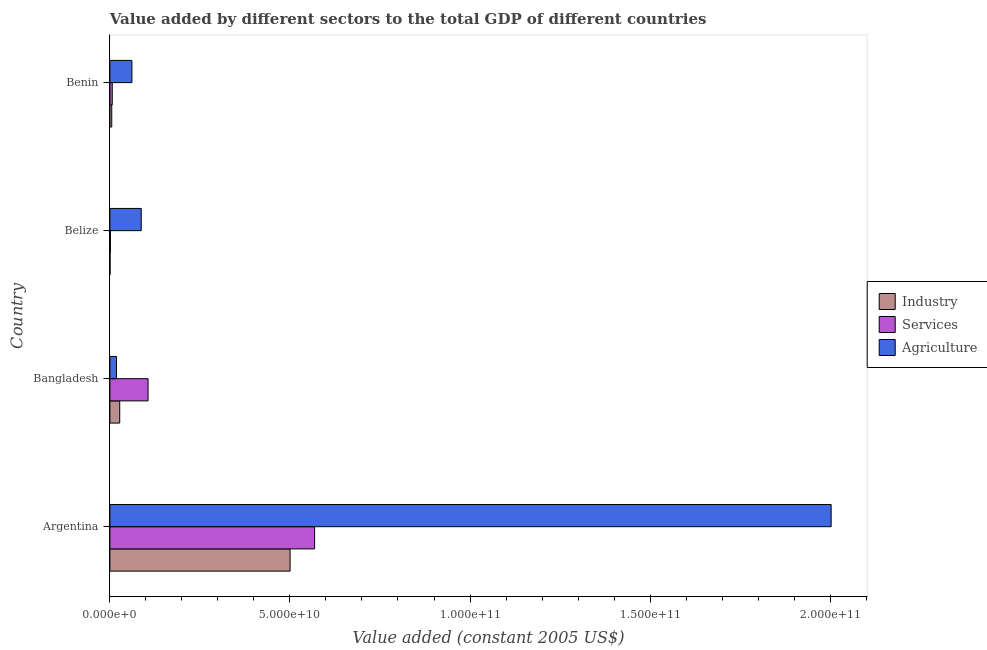
| Country | Industry | Services | Agriculture |
 | --- | --- | --- | --- |
 | Argentina | 5e+10 | 5.68e+10 | 2e+11 |
 | Bangladesh | 2.73e+09 | 1.06e+10 | 1.84e+09 |
 | Belize | 3.35e+07 | 1.34e+08 | 8.7e+09 |
 | Benin | 5.16e+08 | 6.58e+08 | 6.12e+09 |